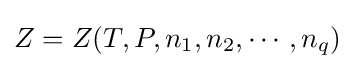
Z=Z(T,P,n_{1},n_{2},\cdots ,n_{q})